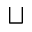
\sqcup